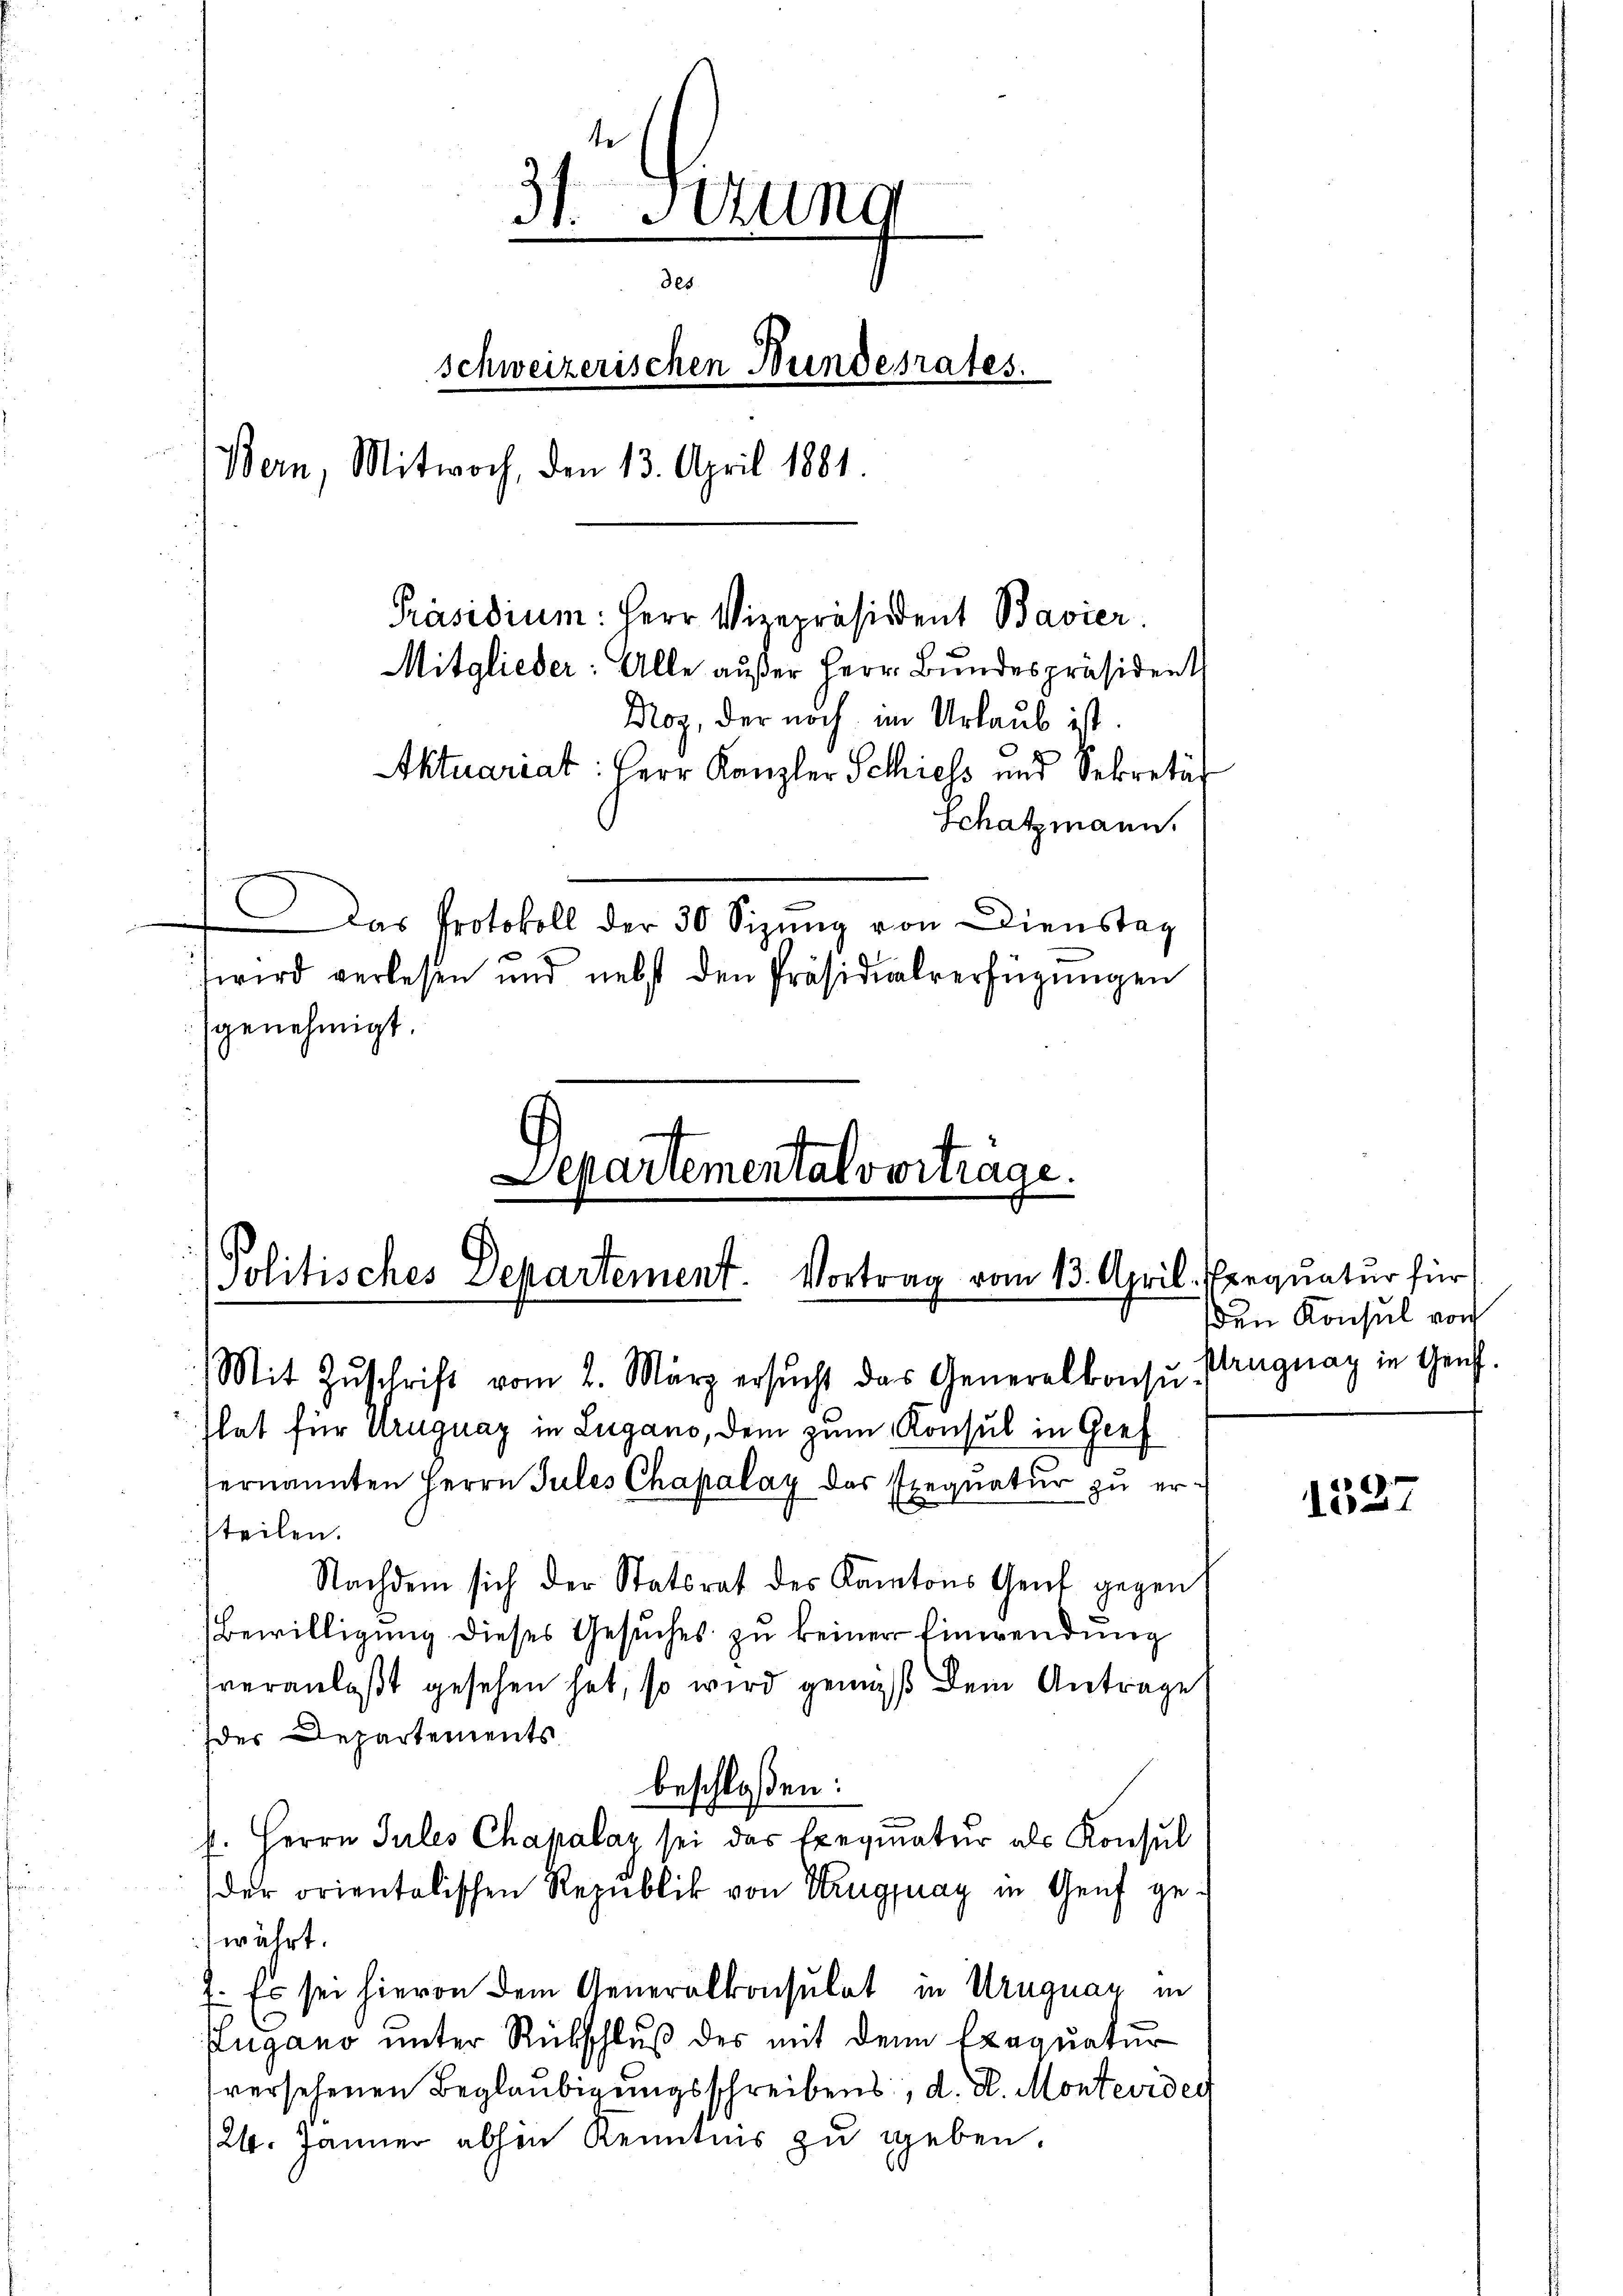
Departementalvertrage.
Politisches Departement. Vortrag vom 13. April. Prequatur für
Mit Zŭschrift vom 2. März ersŭcht das Generalkonsu Pruguay in Genf.

3t Setzung
des
schweizerischen Bundesrates.
Bern, Mitwoch, den 13. April 1881.
Präsidium: Herr Vizepräsident Bavier.
Mitglieder: Alle außer Herr Bundespräsident
Bog, der noch im Urlaub ist.
 F.
Aktuariat: Herr Kanzler Schiess und Sekretär
Schatzmann.
Das Protokoll der 30 Sizŭng von Dienstag
wird verlesen und nebst den Präsidialverfügungen
genehmigt.

hat für Uruguay in Lugano, dem zum Konsul in Gref
ernannten Herrn Jules Chapalay das segnatur zu ertteilen.
Nachdem sich der Statsrat des Kantons Genf gegen
Bewilligung dieses Gesuches zu keiner Einwendung
veranlaßt gesehen hat, so wird gemäß dem Antrage
der Departements
beschloßen:
h. Herrn Jules Chapalar sei das Exequatur als Konsul
der orientalischen Republik von Kruguay in Genf ge-
währt.
7. Es sei hievon dem Generalkonsulat in Uruguay in
ugano unter Rückschluß des mit dem Exequatur
versehenen Beglaubigungsschreibens, d. J. Monteviden
124. Jänner abhin Kenntnis zu geben.

den Konsul von

1527